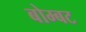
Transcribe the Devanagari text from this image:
बोम्बट